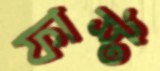
ফাস্ট